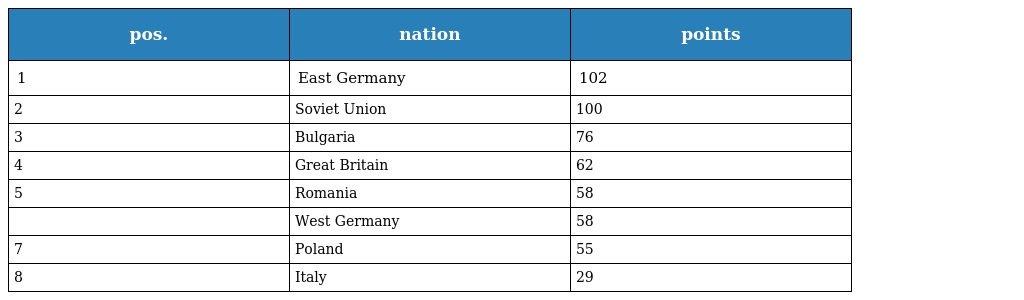
| pos. | nation | points |
 | --- | --- | --- |
 | 1 | East Germany | 102 |
 | 2 | Soviet Union | 100 |
 | 3 | Bulgaria | 76 |
 | 4 | Great Britain | 62 |
 | 5 | Romania | 58 |
 |  | West Germany | 58 |
 | 7 | Poland | 55 |
 | 8 | Italy | 29 |